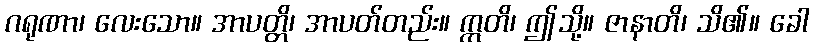
ဂရုဏာ၊ လေးသော။ အာပတ္တိ၊ အာပတ်တည်း။ ဣတိ၊ ဤသို့။ ဇာနာတိ၊ သိ၏။ ခေါ